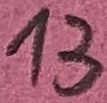
Text: 13